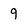
Character: 9